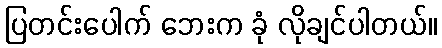
ပြတင်းပေါက် ဘေးက ခုံ လိုချင်ပါတယ်။